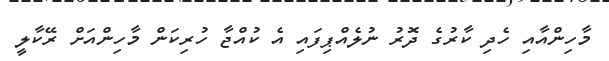
މާހިންއާއި ހެދި ކާރުގެ ދޮރު ނުލެއްޕިފައި އެ ކުއްޖާ ހުރިކަން މާހިންއަށް ރޭކާލީ